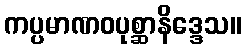
ကပ္ပမာဏဝပုစ္ဆာနိဒ္ဒေသ။